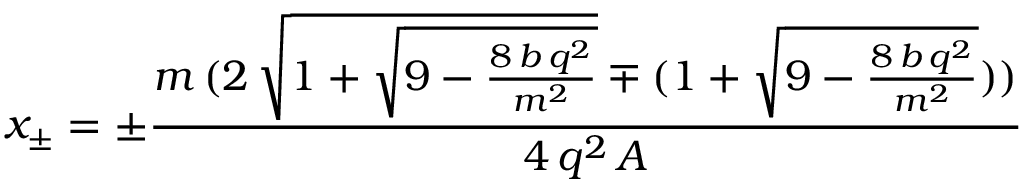
x _ { \pm } = \pm \frac { m \, ( 2 \, \sqrt { 1 + \sqrt { 9 - \frac { 8 \, b \, q ^ { 2 } } { m ^ { 2 } } } } \mp ( 1 + \sqrt { 9 - \frac { 8 \, b \, q ^ { 2 } } { m ^ { 2 } } } ) ) } { 4 \, q ^ { 2 } \, A }